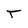
Character: T